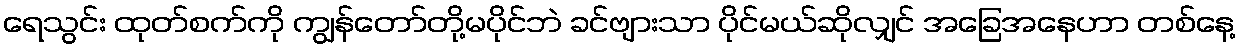
ရေသွင်း ထုတ်စက်ကို ကျွန်တော်တို့မပိုင်ဘဲ ခင်ဗျားသာ ပိုင်မယ်ဆိုလျှင် အခြေအနေဟာ တစ်နေ့